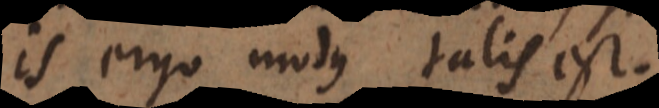
is ergo modus talis est.